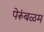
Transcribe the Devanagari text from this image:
पेरूंबळम